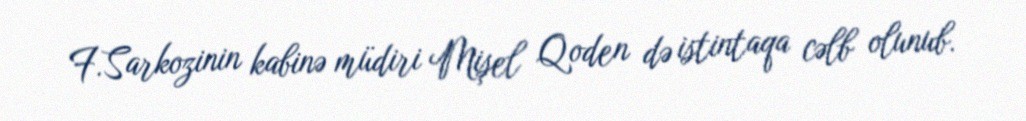
F.Sarkozinin kabinə müdiri Mişel Qoden də istintaqa cəlb olunub.